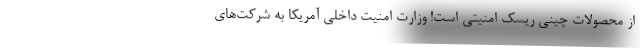
از محصولات چینی ریسک امنیتی است! وزارت امنیت داخلی آمریکا به شرکت‌های